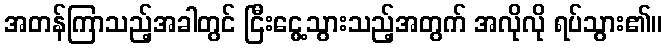
အတန်ကြာသည့်အခါတွင် ငြီးငွေ့သွားသည့်အတွက် အလိုလို ရပ်သွား၏။